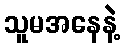
သူမအနေနဲ့